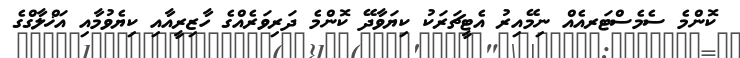
ކޮންމެ ސެމެސްޓަރއެއް ނިމޭއިރު އެޓީޗަރަކު ކިޔަވާދޭ ކޮންމެ ދަރިވަރެއްގެ ހާޒިރީއާއި ކިޔެވުމާއި އަޚްލާގްގެ